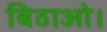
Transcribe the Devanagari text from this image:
बिठाओ।